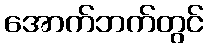
အောက်ဘက်တွင်